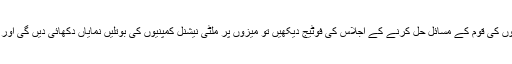
سرکاری اہل کاروں کی قوم کے مسائل حل کرنے کے اجلاس کی فوٹیج دیکھیں تو میزوں پر ملٹی نیشنل کمپنیوں کی بوتلیں نمایاں دکھائی دیں گی اور کارکردگی صفر۔